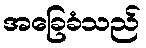
အခြေခံသည်